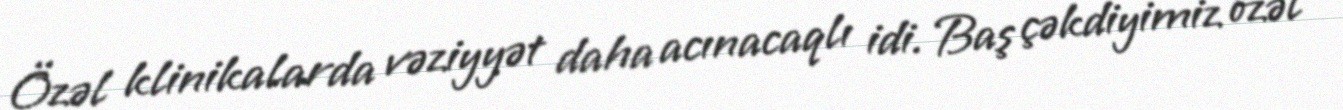
Özəl klinikalarda vəziyyət daha acınacaqlı idi. Baş çəkdiyimiz özəl